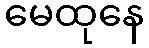
မေထုနေ